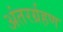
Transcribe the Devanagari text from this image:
अंतरर्ग्रहण